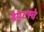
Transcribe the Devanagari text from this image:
डेयूटस्चे